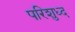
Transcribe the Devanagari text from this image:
परिशुध्द